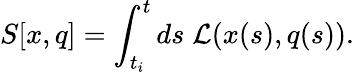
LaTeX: S[x,q]=\int_{t_{i}}^{t}ds\; {\cal L}(x(s),q(s)).